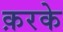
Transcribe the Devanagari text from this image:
क़रके